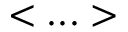
< . . . >